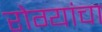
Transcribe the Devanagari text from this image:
रोग्यांचा